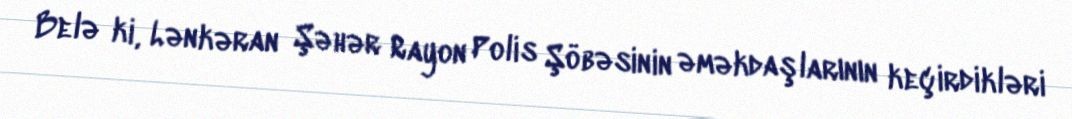
Belə ki, Lənkəran Şəhər Rayon Polis Şöbəsinin əməkdaşlarının keçirdikləri